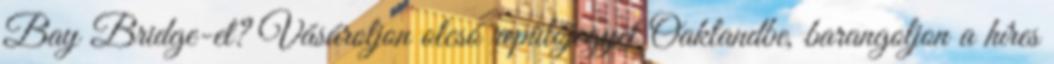
Bay Bridge-et? Vásároljon olcsó repülőjegyet Oaklandbe, barangoljon a híres